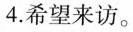
4.希望来访。